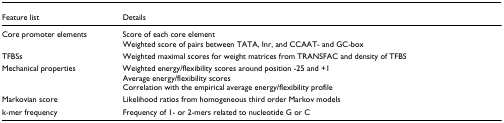
<table><thead><tr><td><b>Feature list</b></td><td><b>Details</b></td></tr></thead><tbody><tr><td>Core promoter elements</td><td>Score of each core elementWeighted score of pairs between TATA, Inr, and CCAAT- and GC-box</td></tr><tr><td>TFBSs</td><td>Weighted maximal scores for weight matrices from TRANSFAC and density of TFBS</td></tr><tr><td>Mechanical properties</td><td>Weighted energy/flexibility scores around position -25 and +1Average energy/flexibility scoresCorrelation with the empirical average energy/flexibility profile</td></tr><tr><td>Markovian score</td><td>Likelihood ratios from homogeneous third order Markov models</td></tr><tr><td>k-mer frequency</td><td>Frequency of 1- or 2-mers related to nucleotide G or C</td></tr></tbody></table>